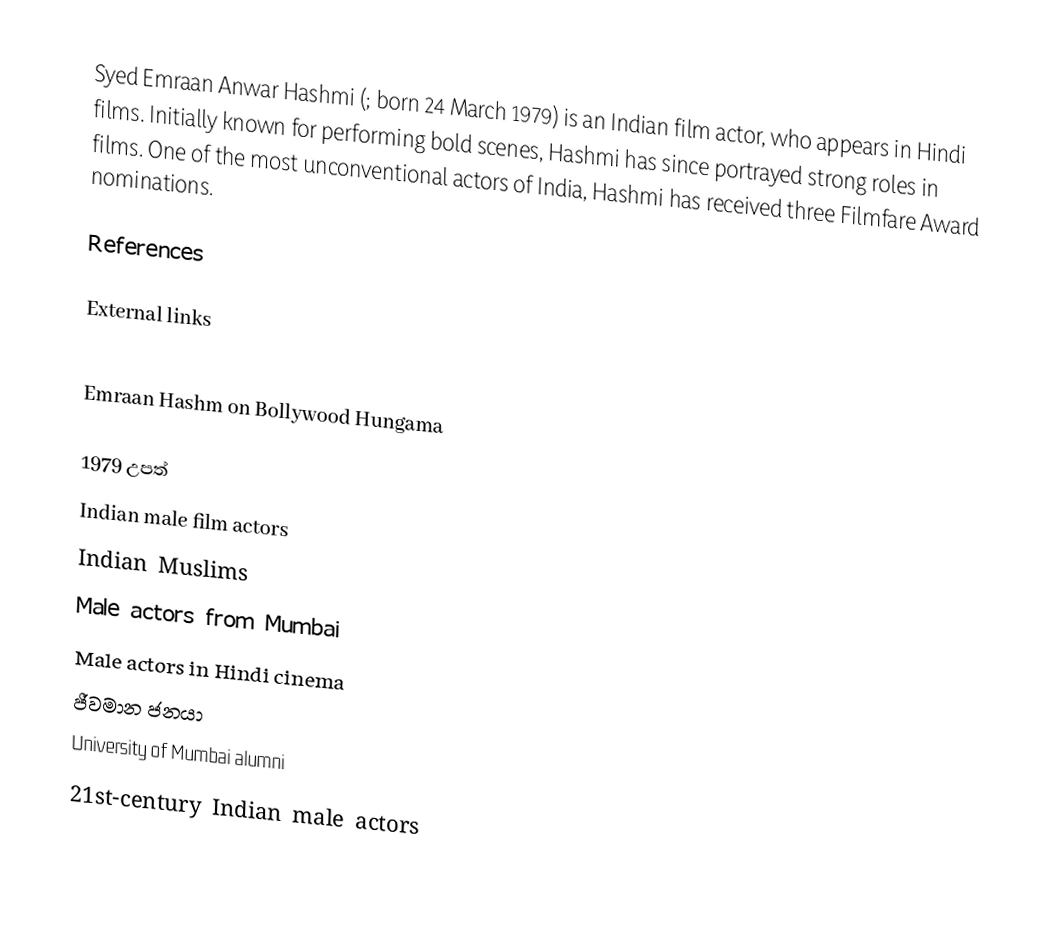
Syed Emraan Anwar Hashmi (; born 24 March 1979) is an Indian film actor, who appears in Hindi films. Initially known for performing bold scenes, Hashmi has since portrayed strong roles in films. One of the most unconventional actors of India, Hashmi has received three Filmfare Award nominations.

References

External links

 Emraan Hashm on Bollywood Hungama

1979 උපත්
Indian male film actors
Indian Muslims
Male actors from Mumbai
Male actors in Hindi cinema
ජීවමාන ජනයා
University of Mumbai alumni
21st-century Indian male actors